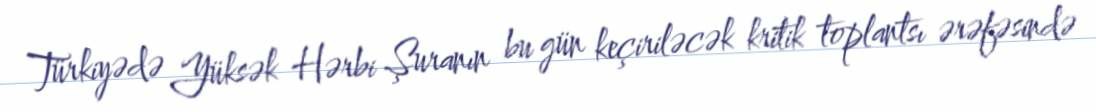
Türkiyədə Yüksək Hərbi Şuranın bu gün keçiriləcək kritik toplantsı ərəfəsində